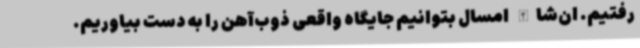
رفتیم. ان‌شاالله امسال بتوانیم جایگاه واقعی ذوب‌آهن را به دست بیاوریم.